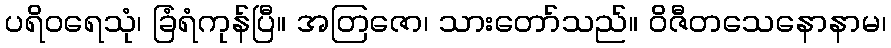
ပရိဝရေသုံ၊ ခြံရံကုန်ပြီ။ အတြဇော၊ သားတော်သည်။ ဝိဇီတသေနောနာမ၊